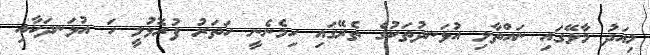
މިއަދު މާލޭގައި ނައްތާލި އުޅަނދުތަކުގެ ތެރޭގައި ހިމެނެނީ ހަތަރު ފުރޮޅުލީ ހަ އުޅަނދަކާއި